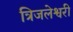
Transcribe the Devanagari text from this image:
त्रिजलेश्वरी